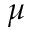
\mu